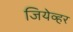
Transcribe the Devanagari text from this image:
जियेव्हर